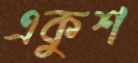
একুশ